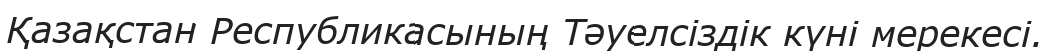
Қазақстан Республикасының Тәуелсіздік күні мерекесі.